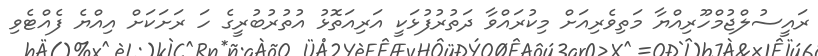
ރައީސުލްޖުމްހޫރިއްޔާ މަތިވެރިއަަށް މިކުރައްވާ ދަތުރުފުޅަކީ އަރިއަތޮޅު އުތުރުބުރީގެ ހަ ރަށަކަށް އިއްޔެ ފެއްޓެވި